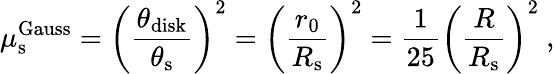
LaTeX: \mu_{\mathrm{s}}^{\mathrm{Gauss}}=\left(\frac{\theta_{\mathrm{disk}}}{\theta_{\mathrm{s}}}\right)^{2}=\left(\frac{r_{0}}{R_{\mathrm{s}}}\right)^{2}=\frac{1}{25}\left(\frac{R}{R_{\mathrm{s}}}\right)^{2}\ ,